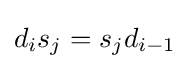
d_{i}s_{j}=s_{j}d_{i-1}